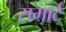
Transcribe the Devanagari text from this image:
समार्ट